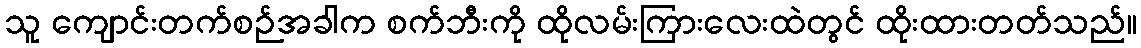
သူ ကျောင်းတက်စဉ်အခါက စက်ဘီးကို ထိုလမ်းကြားလေးထဲတွင် ထိုးထားတတ်သည်။